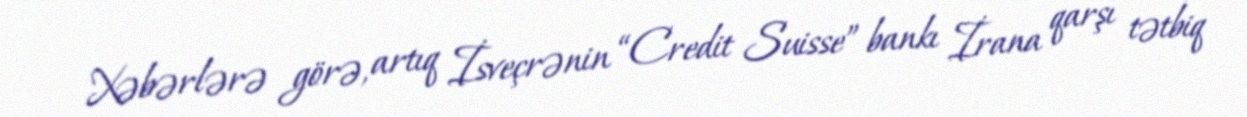
Xəbərlərə görə, artıq İsveçrənin “Credit Suisse” bankı İrana qarşı tətbiq